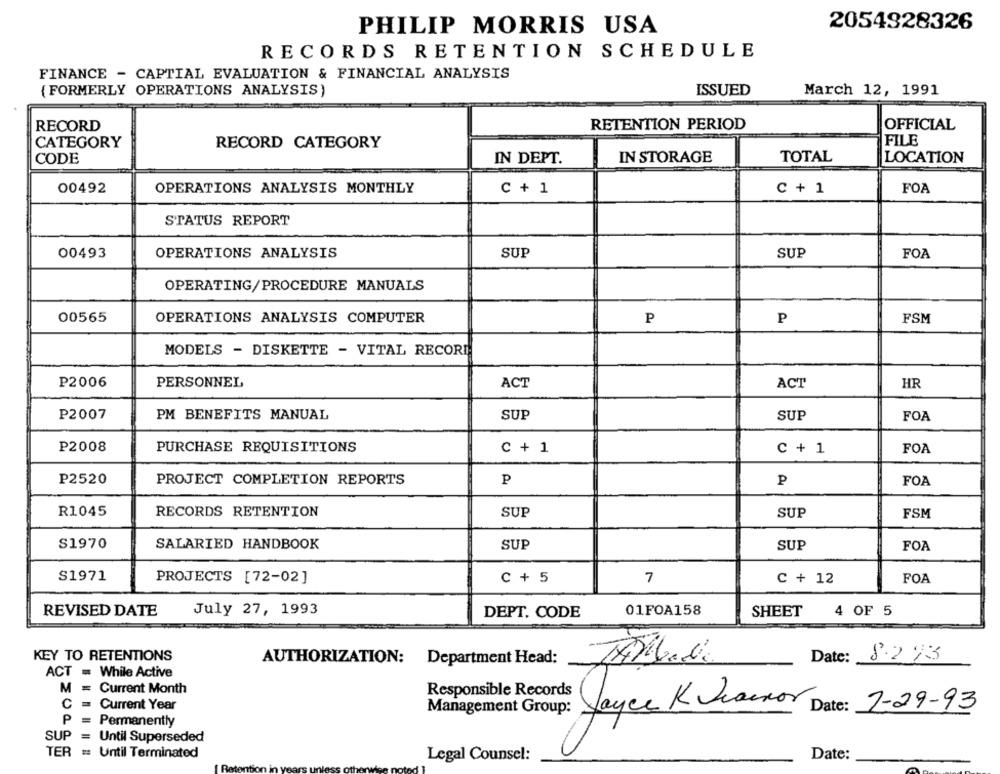
PHILIP MORRIS USA
2054928326
RECORDS RETENTION SCHEDULE
FINANCE - CAPTIAL EVALUATION & FINANCIAL ANALYSIS
(FORMERLY OPERATIONS ANALYSIS)
ISSUED
March 12, 1991
RECORD
RETENTION PERIOD
OFFICIAL
CATEGORY
RECORD CATEGORY
FILE
CODE
IN DEPT.
IN STORAGE
TOTAL
LOCATION
00492
OPERATIONS ANALYSIS MONTHLY
C + 1
C + 1
FOA
STATUS REPORT
00493
OPERATIONS ANALYSIS
SUP
SUP
FOA
OPERATING/PROCEDURE MANUALS
00565
OPERATIONS ANALYSIS COMPUTER
P
P
FSM
MODELS - DISKETTE - VITAL RECORD
P2006
PERSONNEL
ACT
ACT
HR
P2007
PM BENEFITS MANUAL
SUP
SUP
FOA
P2008
PURCHASE REQUISITIONS
C + 1
C + 1
FOA
P2520
PROJECT COMPLETION REPORTS
P
FOA
P
R1045
RECORDS RETENTION
SUP
SUP
FSM
S1970
SALARIED HANDBOOK
SUP
SUP
FOA
S1971
PROJECTS [72-02]
C + 5
7
C + 12
FOA
REVISED DATE
July 27, 1993
01FOA158
SHEET 4 OF 5
DEPT. CODE
KEY TO RETENTIONS
Date:
8.293
AUTHORIZATION:
Department Head:
TABlado
ACT = While Active
M =
Current Month
Responsible Records
C = Current Year
Management Group:
Jayce K Juannor
Date:
7-29-93
P =
Permanently
SUP = Until Superseded
TER = Until Terminated
Legal Counsel:
Date: